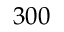
3 0 0